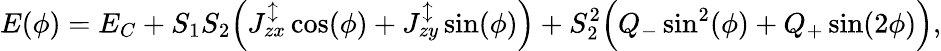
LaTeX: E(\phi)=E_{C}+S_{1}S_{2}\Big(J_{zx}^{\updownarrow}\cos(\phi)+J_{zy}^{\updownarrow}\sin(\phi)\Big)+S_{2}^{2}\Big(Q_{-}\sin^{2}(\phi)+Q_{+}\sin(2\phi)\Big),